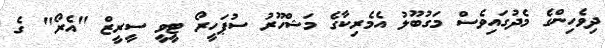
ދިވެހިންގެ މެދުގައިވެސް މަގުބޫލު އެމެރިކާގެ މަޝްހޫރު ސުޕަހީރޯ ޓީވީ ސީރީޒް "އެރޯ" ގެ